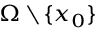
\scriptstyle \Omega \, \setminus \, \{ x _ { 0 } \}